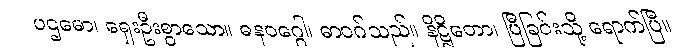
ပဌမော၊ ရှေးဦးစွာသော။ ဓနဝဂ္ဂေါ၊ ဓာဝဂ်သည်။ နိဋ္ဌိတော၊ ပြီခြင်းသို့ ရောက်ပြီ။